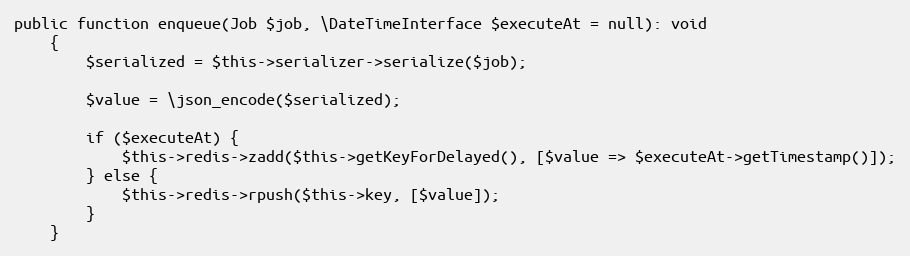
Language: PHP
public function enqueue(Job $job, \DateTimeInterface $executeAt = null): void
    {
        $serialized = $this->serializer->serialize($job);

        $value = \json_encode($serialized);

        if ($executeAt) {
            $this->redis->zadd($this->getKeyForDelayed(), [$value => $executeAt->getTimestamp()]);
        } else {
            $this->redis->rpush($this->key, [$value]);
        }
    }